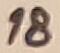
Text: 18